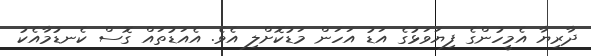
ދާރިޔާ އެމީހުންގެ ފިޔަވަޅުގެ އަޑު އަހަން މަޑުކޮށްލި އެވެ. އެއަޑުތައް ގޮސް ކެނޑުމާއެކު